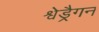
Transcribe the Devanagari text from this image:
श्वेड्रैगन